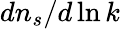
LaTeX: dn_{s}/d\ln k